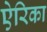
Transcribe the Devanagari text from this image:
ऐरिका